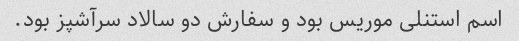
اسم استنلی موریس بود و سفارش دو سالاد سرآشپز بود.